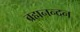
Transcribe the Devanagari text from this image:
ब्रह्मनन्दन